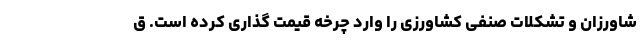
شاورزان و تشکلات صنفی کشاورزی را وارد چرخه قیمت گذاری کرده است. ق